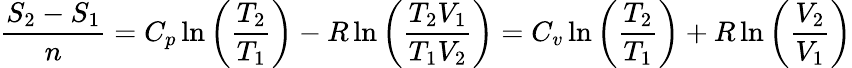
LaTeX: {\frac{S_{2}-S_{1}}{n}}=C_{p}\ln\left({\frac{T_{2}}{T_{1}}}\right)-R\ln\left({\frac{T_{2}V_{1}}{T_{1}V_{2}}}\right)=C_{v}\ln\left({\frac{T_{2}}{T_{1}}}\right)+R\ln\left({\frac{V_{2}}{V_{1}}}\right)